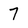
Character: 7